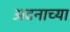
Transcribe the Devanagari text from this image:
अदनाच्या